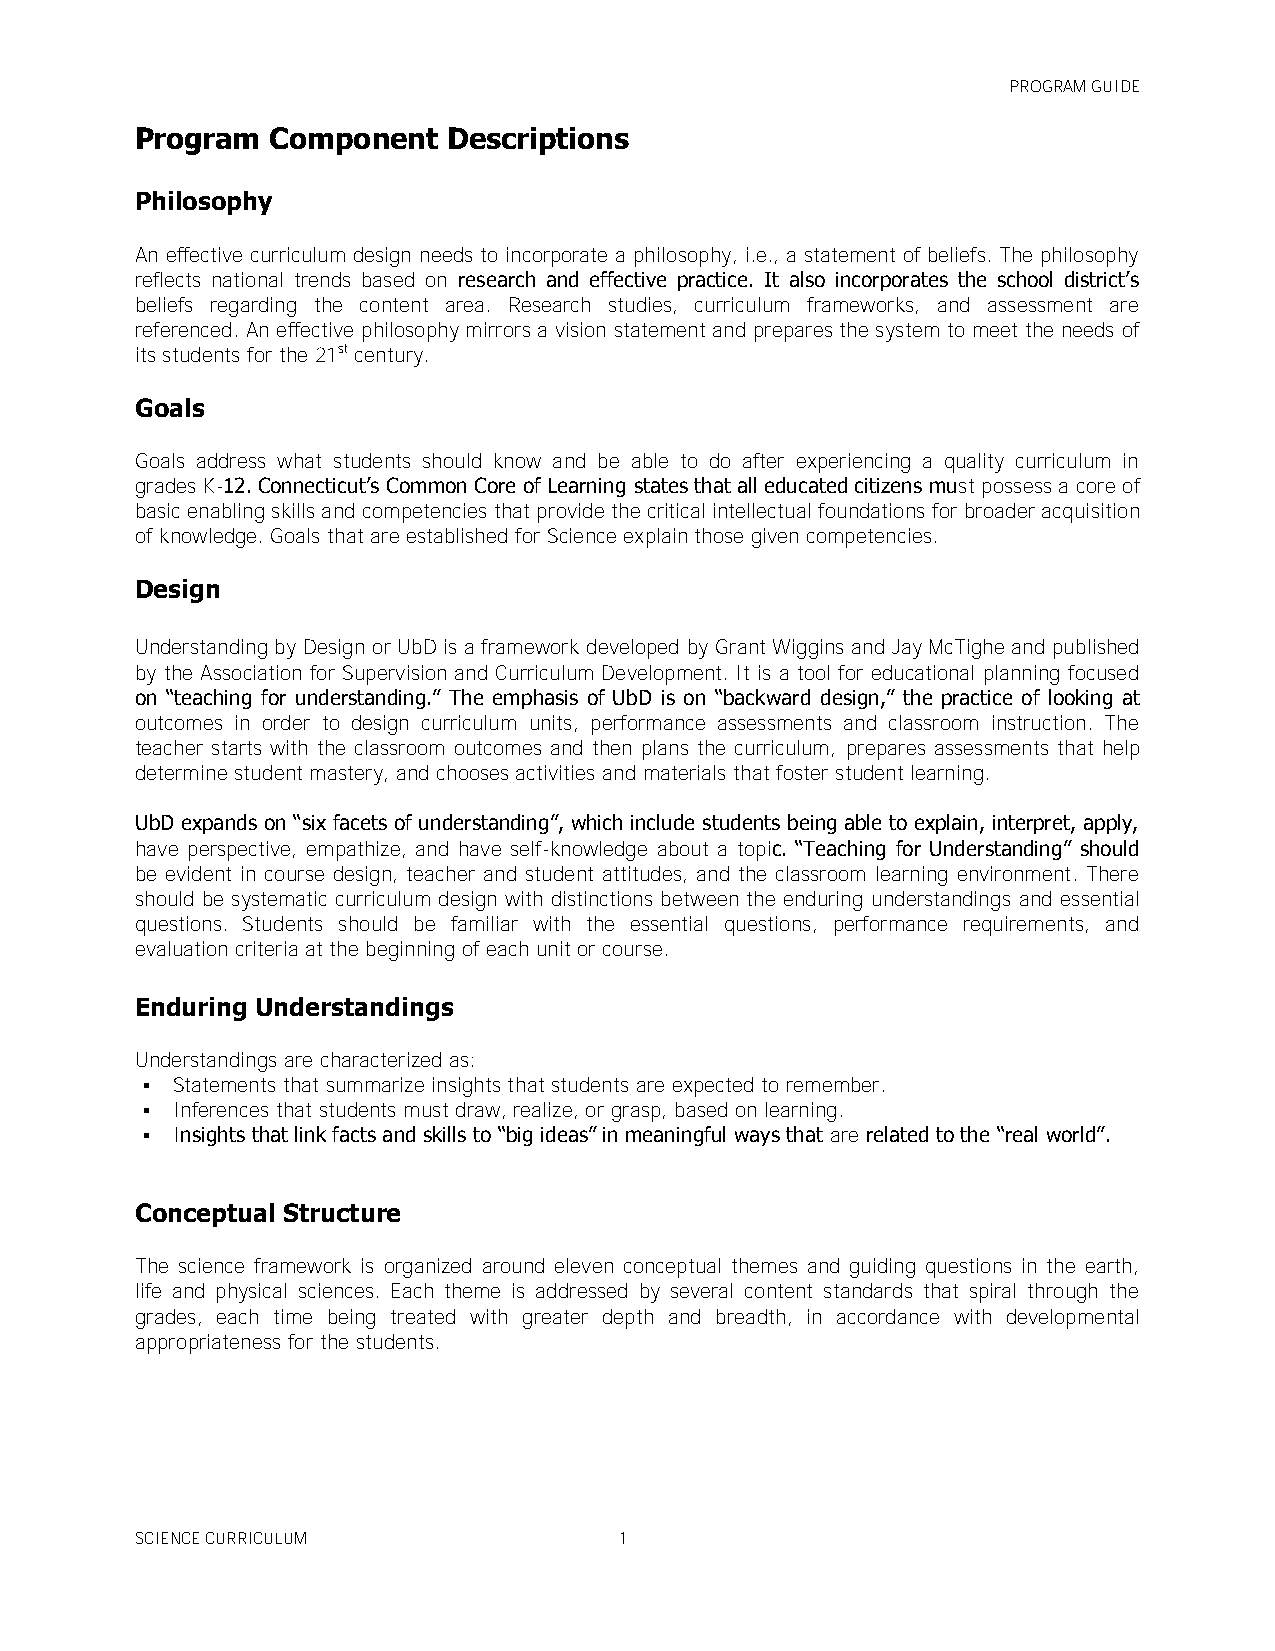
PROGRAM GUIDE
 Program  Component   Descriptions
 Philosophy
 An effective curriculum design needs to incorporate a philosophy, i.e., a statement of beliefs. The philosophy
 reflects national trends based on research and effective practice. It also incorporates the school district’s
 beliefs regarding the content area. Research studies, curriculum frameworks, and assessment are
 referenced. An effective philosophy mirrors a vision statement and prepares the system to meet the needs of
 its students for the 21st century.
 Goals
 Goals address what students should know and be able to do after experiencing a quality curriculum in
 grades K-12. Connecticut’s Common Core of Learning states that all educated citizens must possess a core of
 basic enabling skills and competencies that provide the critical intellectual foundations for broader acquisition
 of knowledge. Goals that are established for Science explain those given competencies.
 Design
 Understanding by Design or UbD is a framework developed by Grant Wiggins and Jay McTighe and published
 by the Association for Supervision and Curriculum Development. It is a tool for educational planning focused
 on ―teaching for understanding.‖ The emphasis of UbD is on ―backward design,‖ the practice of looking at
 outcomes in order to design curriculum units, performance assessments and classroom instruction. The
 teacher starts with the classroom outcomes and then plans the curriculum, prepares assessments that help
 determine student mastery, and chooses activities and materials that foster student learning.
 UbD expands on ―six facets of understanding‖, which include students being able to explain, interpret, apply,
 have perspective, empathize, and have self-knowledge about a topic. ―Teaching for Understanding‖ should
 be evident in course design, teacher and student attitudes, and the classroom learning environment. There
 should be systematic curriculum design with distinctions between the enduring understandings and essential
 questions. Students should be familiar with the essential questions, performance requirements, and
 evaluation criteria at the beginning of each unit or course.
 Enduring Understandings
 Understandings are characterized as:
  Statements that summarize insights that students are expected to remember.
  Inferences that students must draw, realize, or grasp, based on learning.
  Insights that link facts and skills to ―big ideas‖ in meaningful ways that are related to the ―real world‖.
 Conceptual Structure
 The science framework is organized around eleven conceptual themes and guiding questions in the earth,
 life and physical sciences. Each theme is addressed by several content standards that spiral through the
 grades, each time being treated with greater depth and breadth, in accordance with developmental
 appropriateness for the students.
 SCIENCE CURRICULUM              1